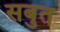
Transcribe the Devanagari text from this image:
सबुत